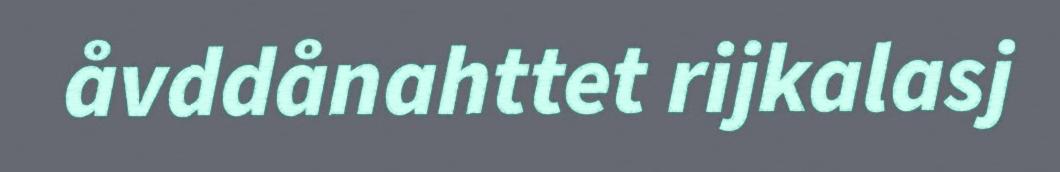
åvddånahttet rijkalasj